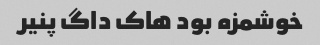
خوشمزه بود هاک داگ پنیر